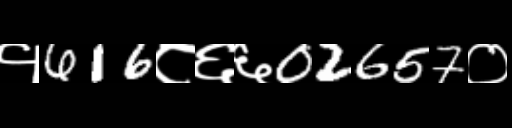
Text: १616८६६02657०